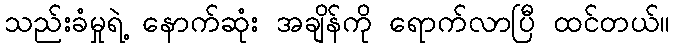
သည်းခံမှုရဲ့ နောက်ဆုံး အချိန်ကို ရောက်လာပြီ ထင်တယ်။